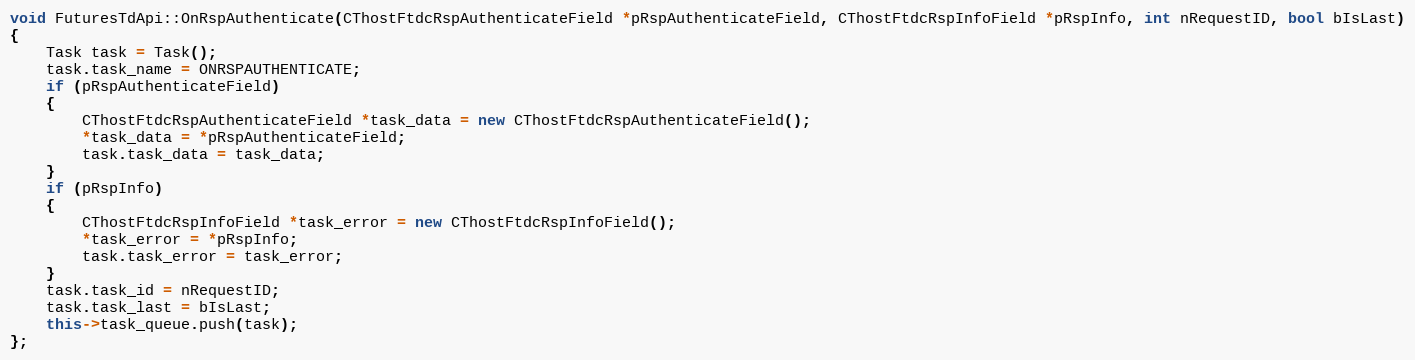
Language: C++
void FuturesTdApi::OnRspAuthenticate(CThostFtdcRspAuthenticateField *pRspAuthenticateField, CThostFtdcRspInfoField *pRspInfo, int nRequestID, bool bIsLast)
{
	Task task = Task();
	task.task_name = ONRSPAUTHENTICATE;
	if (pRspAuthenticateField)
	{
		CThostFtdcRspAuthenticateField *task_data = new CThostFtdcRspAuthenticateField();
		*task_data = *pRspAuthenticateField;
		task.task_data = task_data;
	}
	if (pRspInfo)
	{
		CThostFtdcRspInfoField *task_error = new CThostFtdcRspInfoField();
		*task_error = *pRspInfo;
		task.task_error = task_error;
	}
	task.task_id = nRequestID;
	task.task_last = bIsLast;
	this->task_queue.push(task);
};